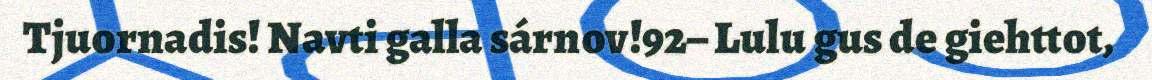
Tjuornadis! Navti galla sárnov!92– Lulu gus de giehttot,